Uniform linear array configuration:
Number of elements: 32
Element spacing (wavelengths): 0.5
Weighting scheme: exponential
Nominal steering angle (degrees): -15
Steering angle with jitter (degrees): -14.932
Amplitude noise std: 0.05
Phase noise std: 0.05

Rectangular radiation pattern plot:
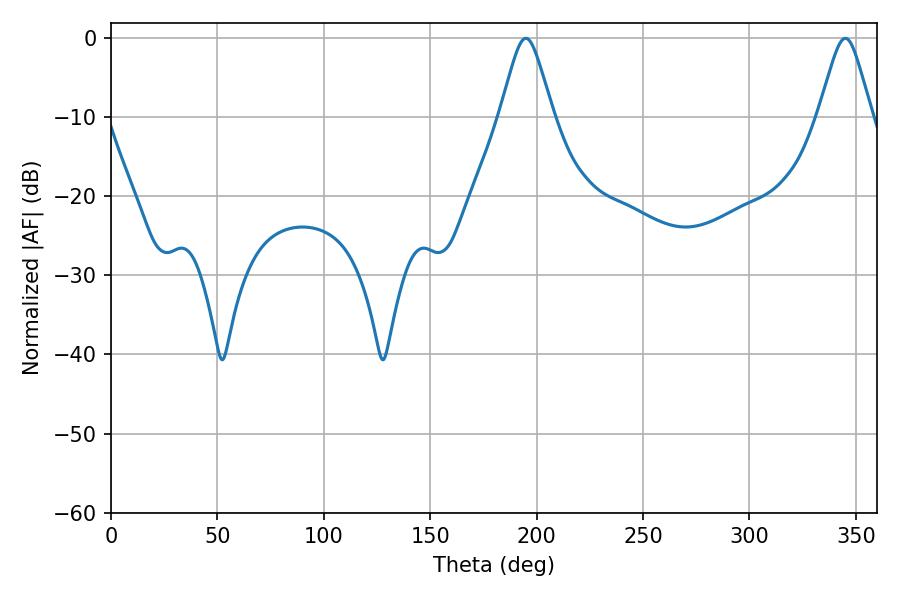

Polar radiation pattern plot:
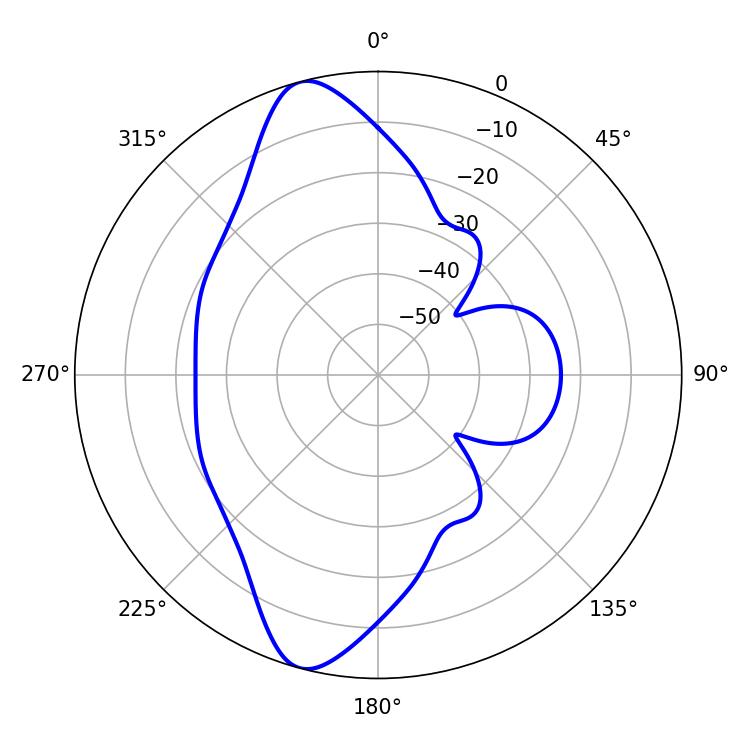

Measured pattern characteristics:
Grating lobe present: FALSE
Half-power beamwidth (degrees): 11.88
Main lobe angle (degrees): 194.94